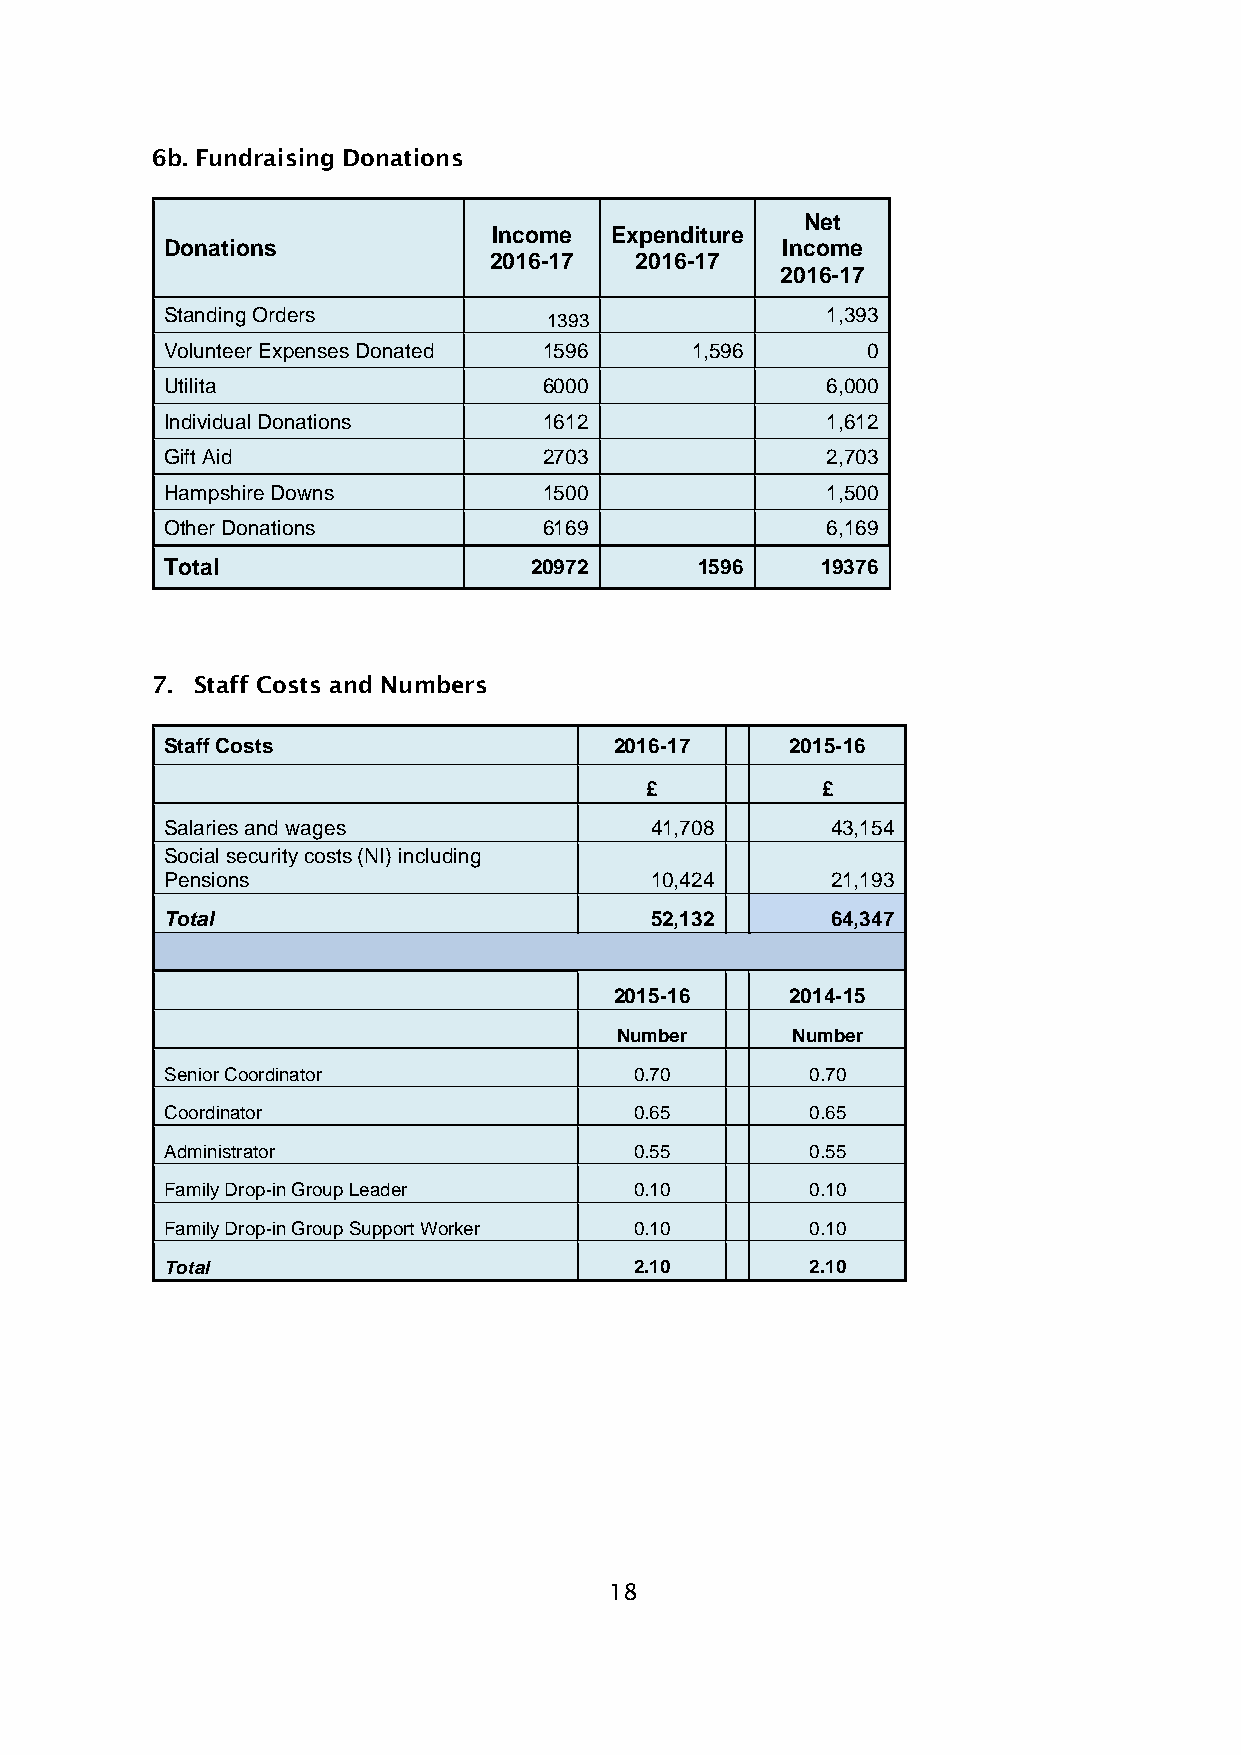
6b. Fundraising Donations
 Net
 Income Expenditure
 Donations                                Income
 2016-17   2016-17
 2016-17
 Standing Orders          1393               1,393
 Volunteer Expenses Donated 1596    1,596      0
 Utilita                  6000               6,000
 Individual Donations     1612               1,612
 Gift Aid                 2703               2,703
 Hampshire Downs          1500               1,500
 Other Donations          6169               6,169
 Total                   20972      1596    19376
 7. Staff Costs and Numbers
 Staff Costs                   2016-17    2015-16
 £          £
 Salaries and wages              41,708      43,154
 Social security costs (NI) including
 Pensions                        10,424      21,193
 Total                           52,132      64,347
 2015-16    2014-15
 Number     Number
 Senior Coordinator             0.70        0.70
 Coordinator                    0.65        0.65
 Administrator                  0.55        0.55
 Family Drop-in Group Leader    0.10        0.10
 Family Drop-in Group Support Worker 0.10   0.10
 Total                          2.10        2.10
 18